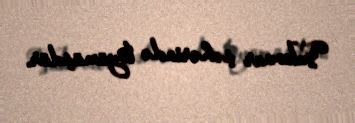
Vukovar şəhərində böyümüşdür.